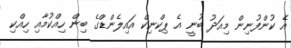
އެ ކުންފުނިން މިއަދު ބުނީ އެ ޕިކްނިކް އައިލެންޑްގެ ބިން ހިއްކުމާއި ހިއްކި